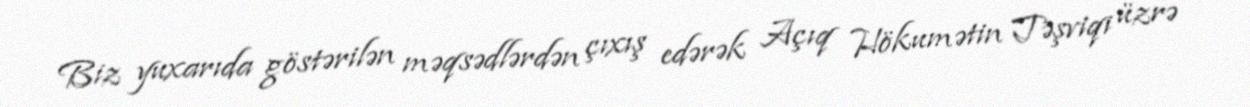
Biz yuxarıda göstərilən məqsədlərdən çıxış edərək Açıq Hökumətin Təşviqi üzrə